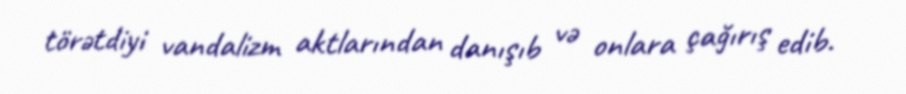
törətdiyi vandalizm aktlarından danışıb və onlara çağırış edib.